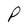
Character: P